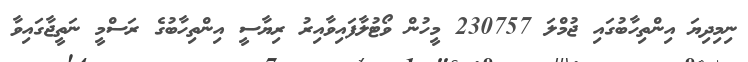
ނިމިދިޔަ އިންތިހާބުގައި ޖުމްލަ 230757 މީހުން ވޯޓުލާފައިވާއިރު ރިޔާސީ އިންތިހާބުގެ ރަސްމީ ނަތީޖާގައިވާ